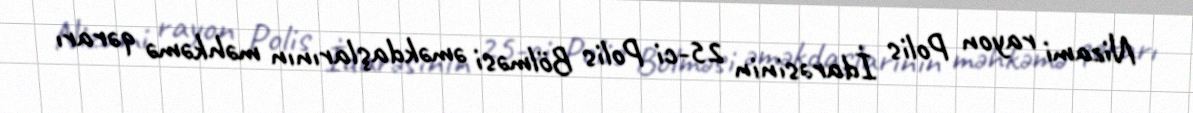
Nizami rayon Polis İdarəsinin 25-ci Polis Bölməsi əməkdaşlarının məhkəmə qərarı